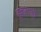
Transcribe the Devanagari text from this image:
हवालाही